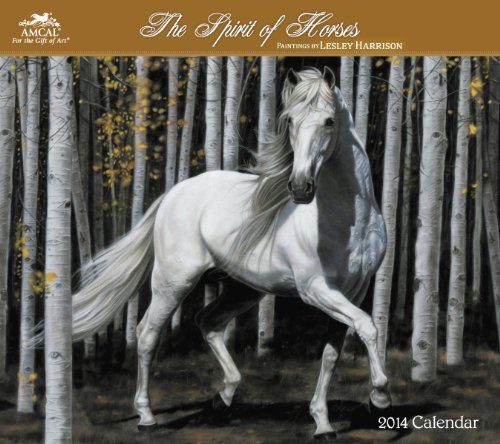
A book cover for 2014 The Spirit of Horses by Lesley Harrison Wall Calendar; Lesley Harrison; Calendars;